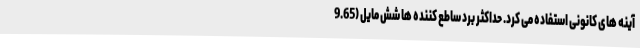
آینه های کانونی استفاده می کرد. حداکثر برد ساطع کننده ها شش مایل (9.65